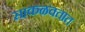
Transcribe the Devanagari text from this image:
साकळवतात